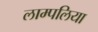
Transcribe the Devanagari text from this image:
लाम्पलिया